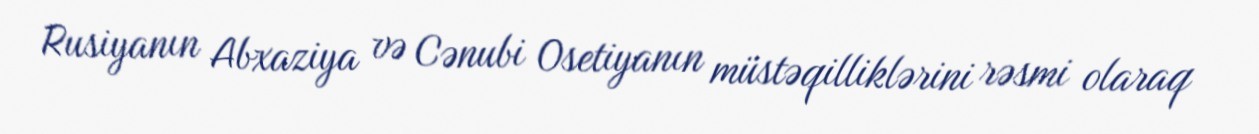
Rusiyanın Abxaziya və Cənubi Osetiyanın müstəqilliklərini rəsmi olaraq